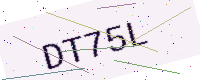
Text: DT75L